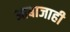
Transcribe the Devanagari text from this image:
आबाजाही